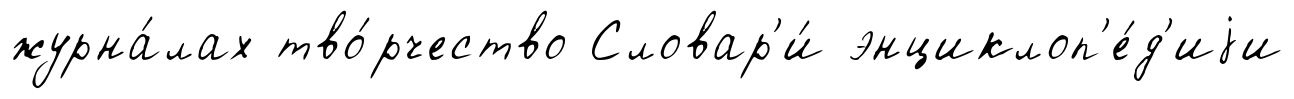
журна́лах тво́рчество Словар'и́ энциклоп'е́д'иjи